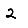
Digit: 2